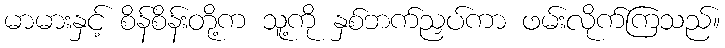
မာမားနှင့် စိန်စိန်းတို့က သူ့ကို နှစ်ဘက်ညှပ်ကာ ဖမ်းလိုက်ကြသည်။